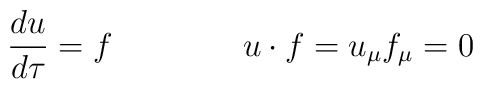
\frac{du}{d\tau }=f\qquad \qquad u\cdot f=u_\mu f_\mu =0